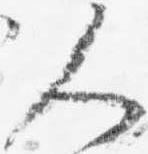
人